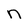
Character: n